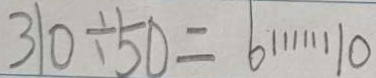
3 1 0 \div 5 0 = 6 \cdots 1 0